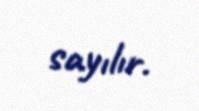
sayılır.